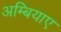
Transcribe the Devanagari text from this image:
अम्बियाए